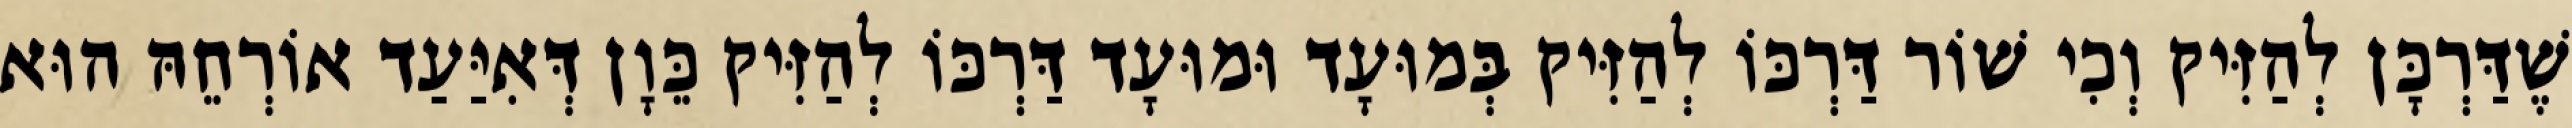
שֶׁדַּרְכָּן לְהַזִּיק וְכִי שׁוֹר דַּרְכּוֹ לְהַזִּיק בְּמוּעָד וּמוּעָד דַּרְכּוֹ לְהַזִּיק כֵּוָן דְּאִיַּעַד אוֹרְחֵהּ הוּא